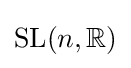
\mathrm {SL} (n,\mathbb {R} )